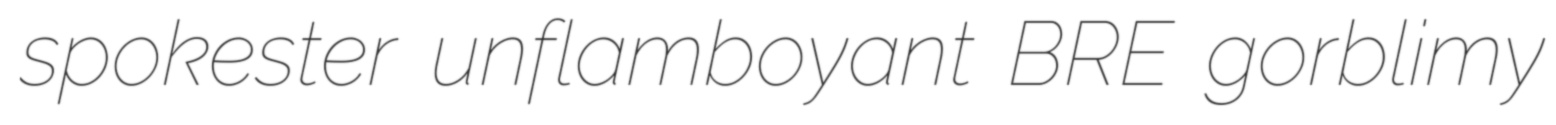
spokester unflamboyant BRE gorblimy